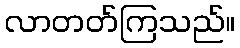
လာတတ်ကြသည်။